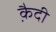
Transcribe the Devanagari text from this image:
कै़दी